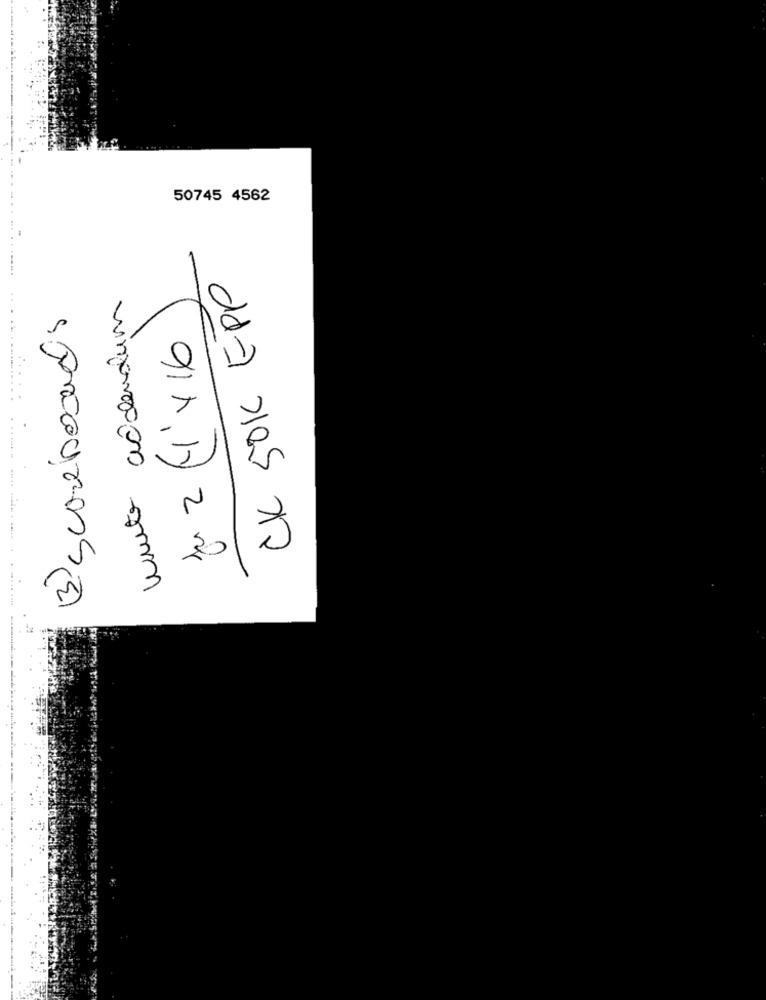
50745 4562
CK 50K EPP
muito addendum
B) scoreboardis
Ju 2 H X 16